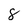
Character: 8